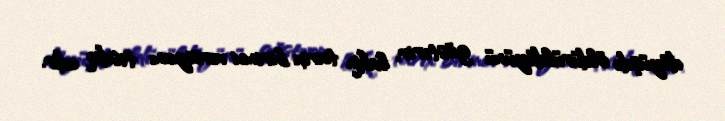
döyüşdə öldürüldüyünü göstərir, lakin tarix birinci versiyanı təsdiq edir.